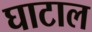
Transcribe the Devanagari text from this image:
घाटाल